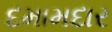
દમામદાર